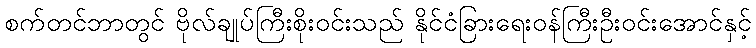
စက်တင်ဘာတွင် ဗိုလ်ချုပ်ကြီးစိုးဝင်းသည် နိုင်ငံခြားရေးဝန်ကြီးဦးဝင်းအောင်နှင့်